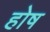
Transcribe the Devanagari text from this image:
होष